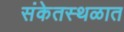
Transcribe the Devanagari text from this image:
संकेतस्थळात